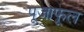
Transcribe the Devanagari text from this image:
पूजाफूल